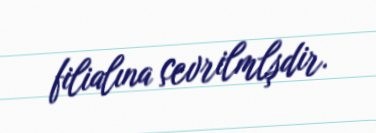
filialına çevrilmlşdir.